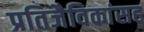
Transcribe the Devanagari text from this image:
प्रतिजैविकांसह